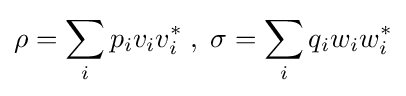
\rho =\sum _{i}p_{i}v_{i}v_{i}^{*}\;,\;\sigma =\sum _{i}q_{i}w_{i}w_{i}^{*}